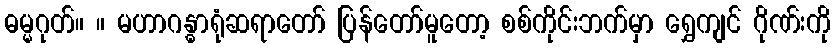
ဓမ္မဂုတ်။ ။ မဟာဂန္ဓာရုံဆရာတော် ပြန်တော်မူတော့ စစ်ကိုင်းဘက်မှာ ရွှေကျင် ဂိုဏ်းကို